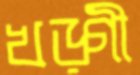
খড়্‌গী